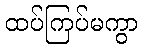
ထပ်ကြပ်မကွာ